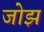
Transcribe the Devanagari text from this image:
जोझ